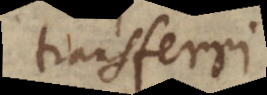
transferri